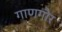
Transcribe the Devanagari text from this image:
गाणगौर